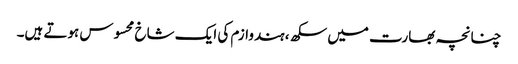
چنانچہ بھارت میں سکھ، ہندوازم کی ایک شاخ محسوس ہوتے ہیں۔